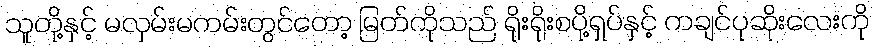
သူတို့နှင့် မလှမ်းမကမ်းတွင်တော့ မြတ်ကိုသည် ရိုးရိုးစပို့ရှပ်နှင့် ကချင်ပုဆိုးလေးကို